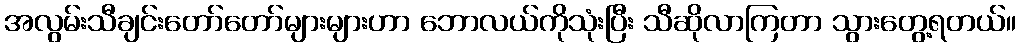
အလွမ်းသီချင်းတော်တော်များများဟာ ဘောလယ်ကိုသုံးပြီး သီဆိုလာကြတာ သွားတွေ့ရတယ်။